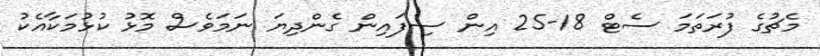
މެޗުގެ ފުރަތަމަ ސެޓް 18-25 އިން ސިފައިން ގެންދިޔަ ނަމަވެސް މޮޅު ކުޅުމަކާއެކު